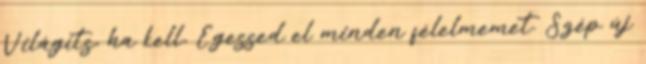
Világíts, ha kell, Égessed el minden félelmemet. Szép új